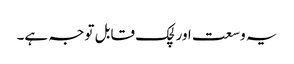
یہ وسعت اور لچک قابل توجہ ہے۔